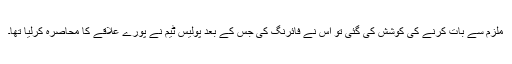
ملزم سے بات کرنے کی کوشش کی گئی تو اس نے فائرنگ کی جس کے بعد پولیس ٹیم نے پورے علاقے کا محاصرہ کرلیا تھا۔